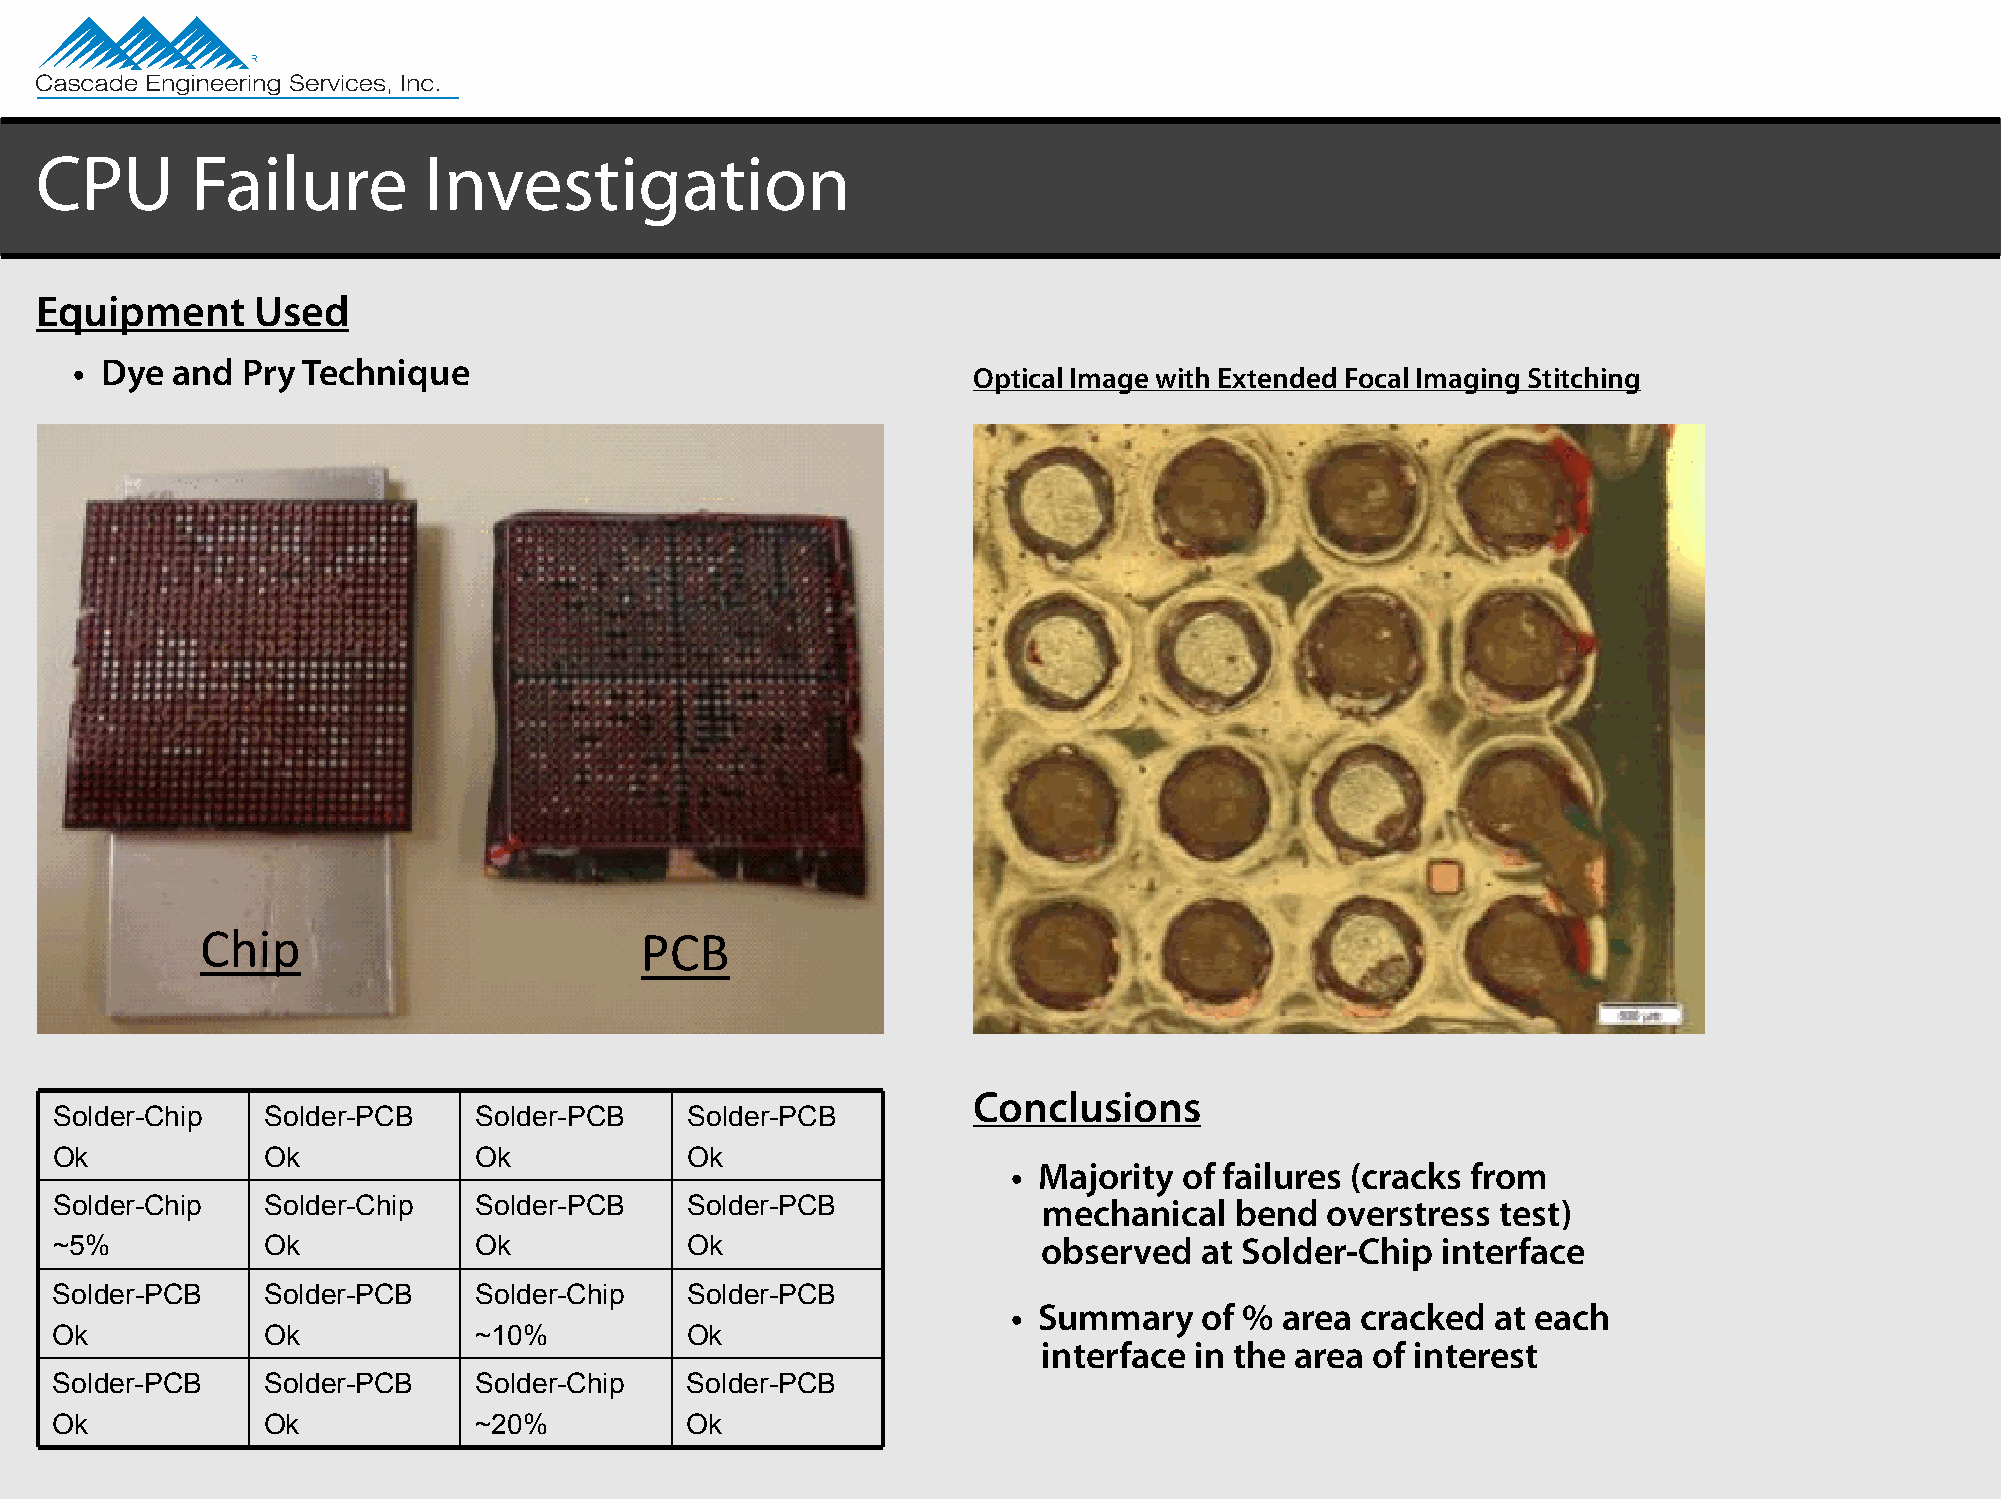
CPU        Failure        Investigation
 Equipment      Used
 • Dye and  Pry Technique
 Optical Image with Extended Focal Imaging Stitching
 Chip                         PCB
 Conclusions
 Solder-Chip   Solder-PCB    Solder-PCB    Solder-PCB
 Ok            Ok            Ok            Ok
 • Majority of failures (cracks from
 Solder-Chip   Solder-Chip   Solder-PCB    Solder-PCB              mechanical   bend  overstress test)
 ~5%           Ok            Ok            Ok                      observed   at Solder-Chip interface
 Solder-PCB    Solder-PCB    Solder-Chip   Solder-PCB
 • Summary    of % area cracked  at each
 Ok            Ok            ~10%          Ok
 interface in the area of interest
 Solder-PCB    Solder-PCB    Solder-Chip   Solder-PCB
 Ok            Ok            ~20%          Ok